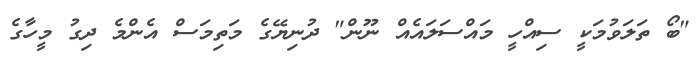
"ބޯ ތަލަވުމަކީ ސިއްހީ މައްސަލައެއް ނޫން" ދުނިޔޭގެ މަތިމަސް އެންމެ ދިގު މީހާގެ